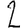
Digit: 2